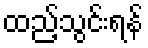
ထည့်သွင်းရန်